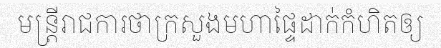
មន្ត្រីរាជការថាក្រសួងមហាផ្ទៃដាក់កំហិតឲ្យ